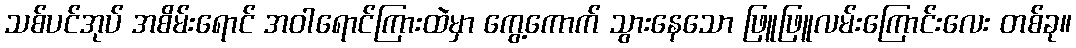
သစ်ပင်အုပ် အစိမ်းရောင် အဝါရောင်ကြားထဲမှာ ကွေ့ကောက် သွားနေသော ဖြူဖြူလမ်းကြောင်းလေး တစ်ခု။